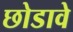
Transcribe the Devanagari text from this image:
छोडावे